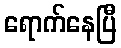
ရောက်နေပြီ